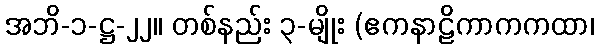
အဘိ-၁-ဋ္ဌ-၂၂။ တစ်နည်း ၃-မျိုး (ဧကနာဠိကာကကထာ၊